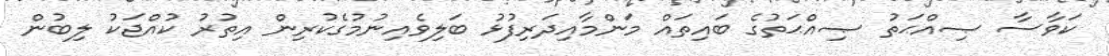
ކަވާސާ ޞިއްޙަތު ޞިއްޙަތުގެ ބައިތައް މަންމާއިދަރިފުޅު ބަލިވެއިނުމުގެކުރިން އިތުރު ކުއްޖަކު ލިބުން